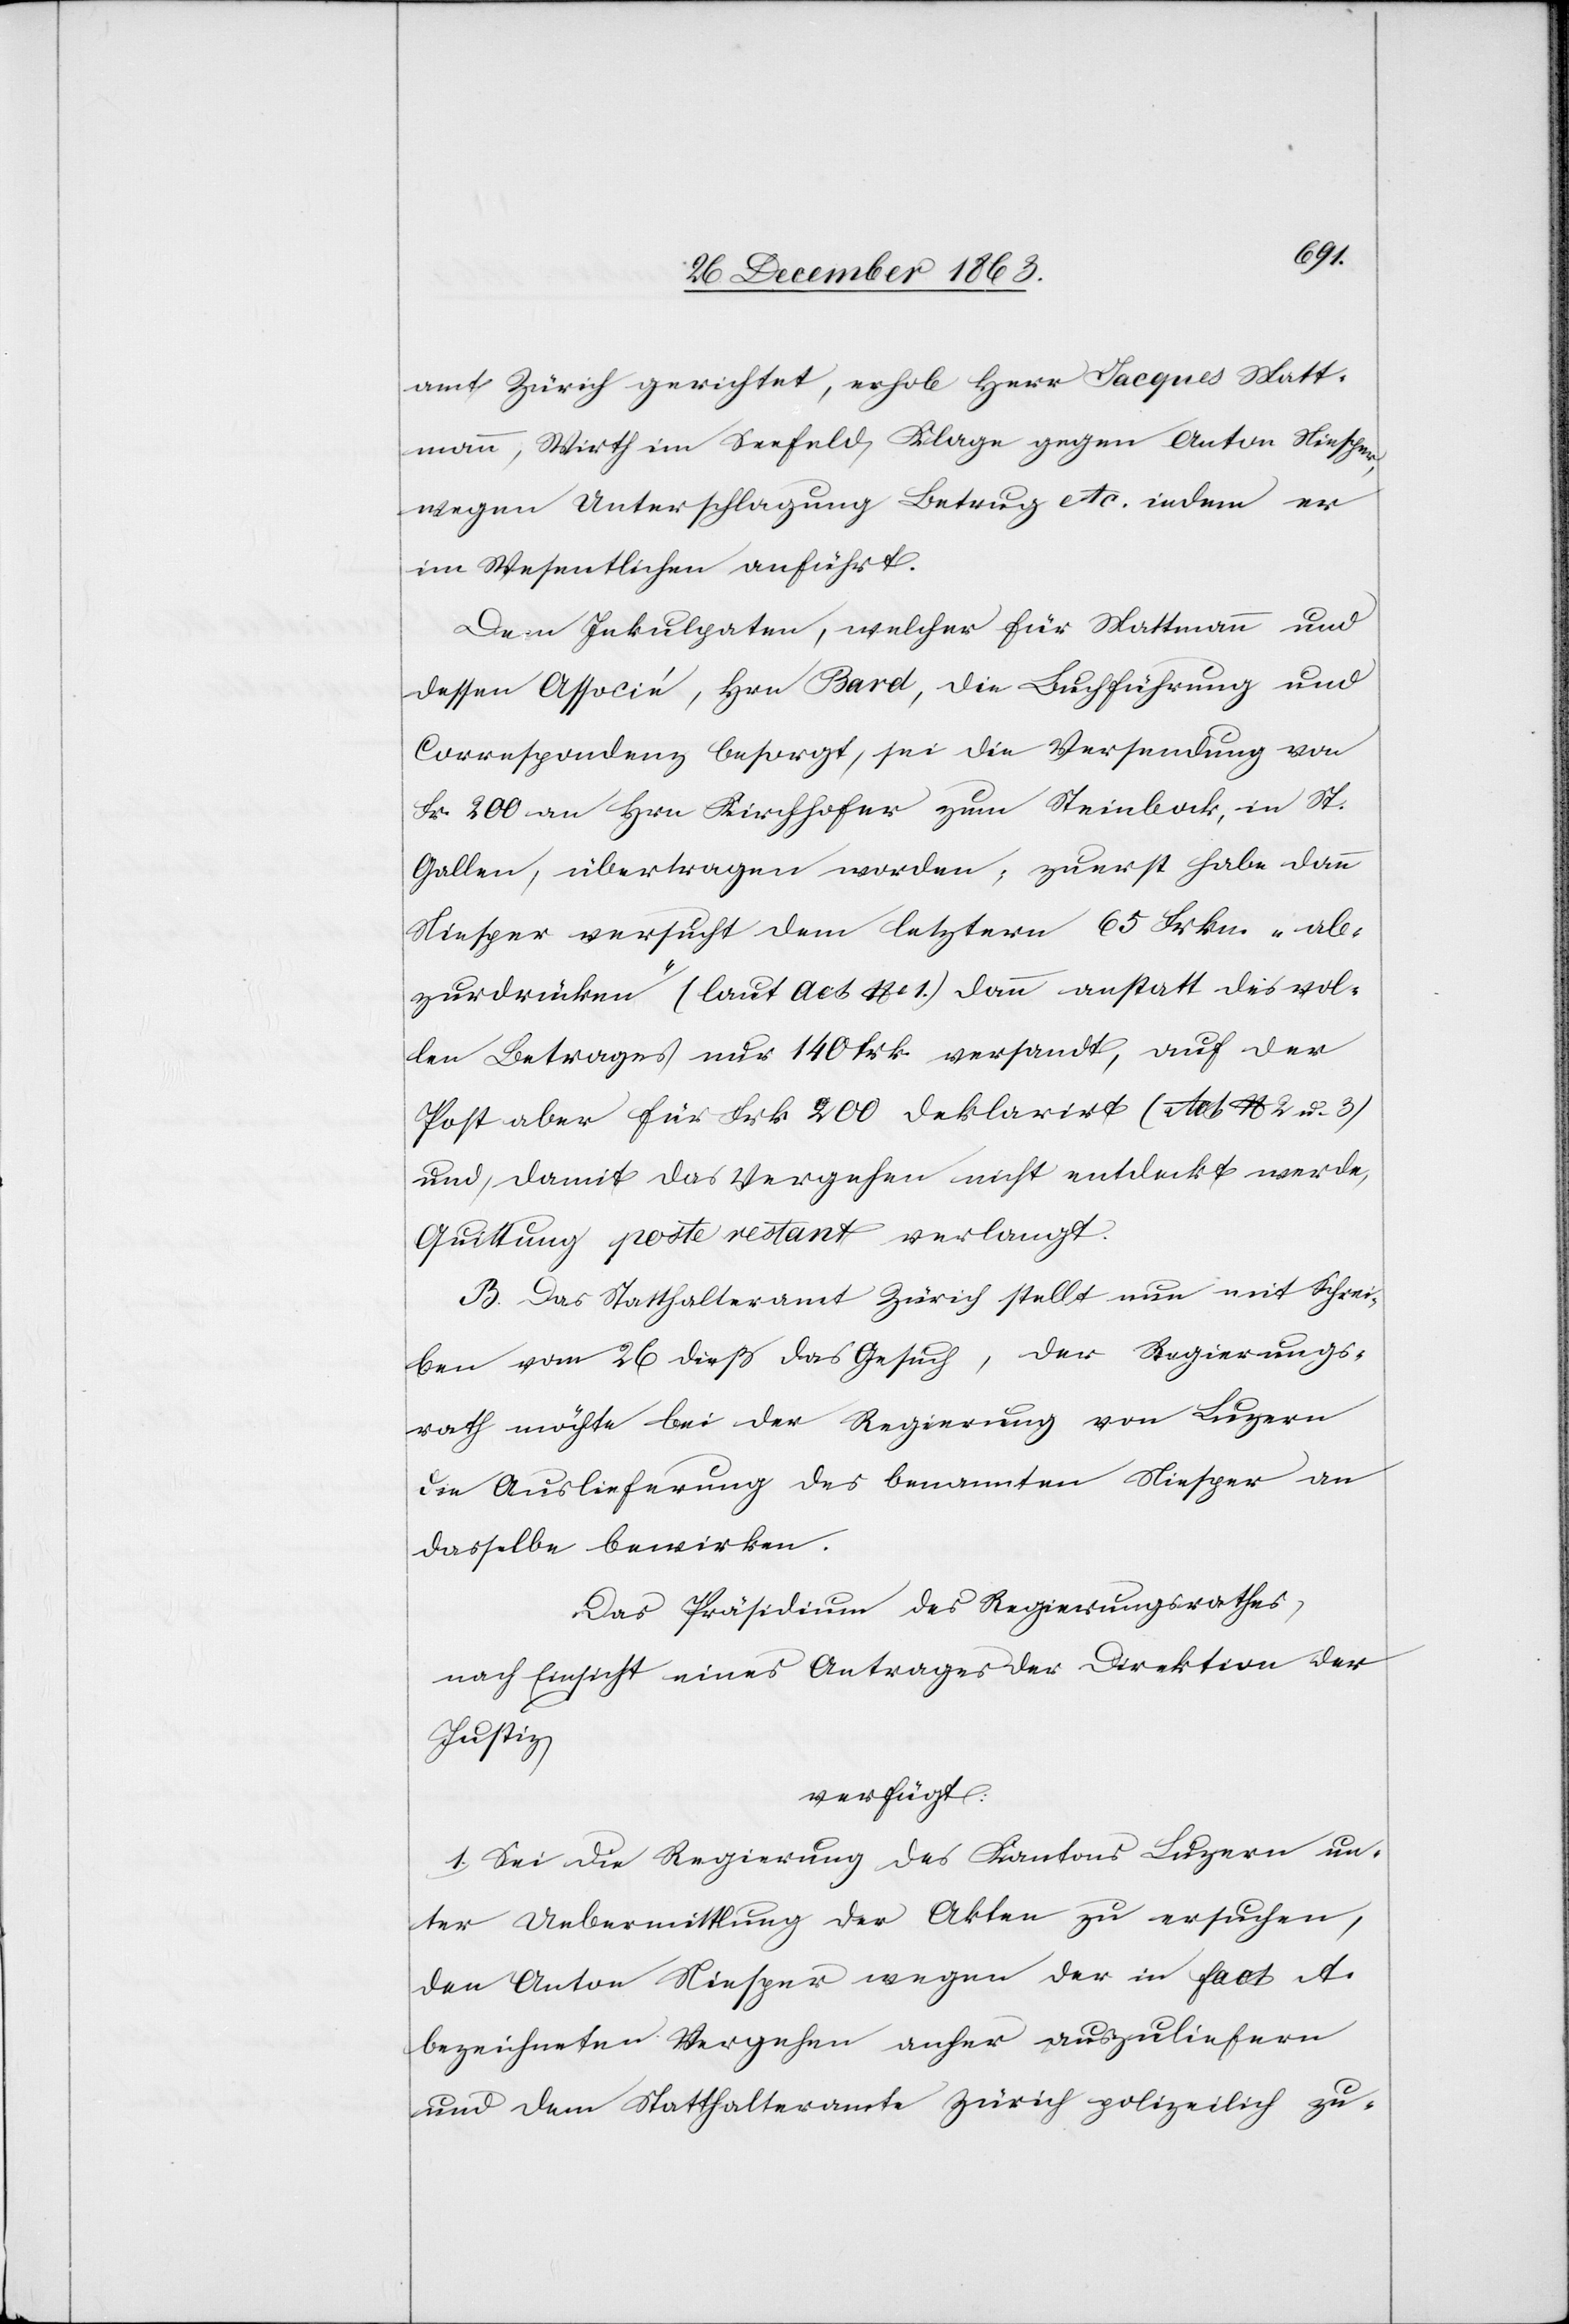
amt Zürich gerichtet, erhob Herr Jacques Matt¬
mann, Wirth im Seefeld, Klage gegen Anton Niesper,
wegen Unterschlagung[,] Betrug etc. indem er
im Wesentlichen anführt.
Dem Inkulpaten, welcher für Mattmann und
dessen Associé, Hrn Bard, die Buchführung und
Correspondenz besorgt, sei die Versendung von
Fr. 200 an Hrn Kirchhofer zum Steinbock, in St.
Gallen, übertragen worden; zuerst habe dann
Niesper versucht dem letztern 65 Frkn. „ab¬
zurdrücken“ (laut Act No 1.) dann anstatt des vol¬
len Betrages nur 140 Frk. versandt, auf der
Post aber für Frk. 200 deklarirt (Act No 2 u. 3)
und, damit das Vergehen nicht entdeckt werde,
Quittung poste restant verlangt.
B. Das Statthalteramt Zürich stellt nun mit Schrei¬
ben vom 26 dieß das Gesuch, der Regierungs¬
rath möchte bei der Regierung von Luzern
die Auslieferung des benannten Niesper an
dasselbe bewirken.
Das Präsidium des Regierungsrathes,
nach Einsicht eines Antrages der Direktion der
Justiz,
verfügt:
1. Sei die Regierung des Kantons Luzern un¬
ter Uebermittlung der Akten zu ersuchen,
den Anton Niesper wegen der in fact A.
bezeichneten Vergehen anher auszuliefern
und dem Statthalteramte Zürich polizeilich zu-